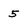
Character: 5